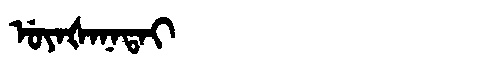
Manchu: ᡠᠶᠠᡧᠠᠨᠠᡨᠠᡳ
Romanization: UYAŠANATAI